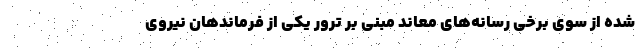
شده از سوی برخی رسانه‌های معاند مبنی بر ترور یکی از فرماندهان نیروی